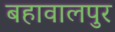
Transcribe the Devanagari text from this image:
बहावालपुर